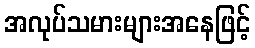
အလုပ်သမားများအနေဖြင့်